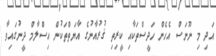
އަދި މި ނޫނަސް އެހެން ހަދީސްތަކާއި ކީރިތި ޤުރުއާނުގެ އާޔަތްތަކުން އިސްލާމް ދީނުގައިވާ